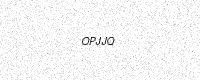
Text: OPJJQ